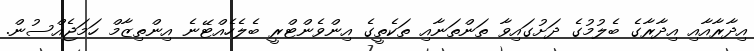
އިދާރާއާއި އިދާރާގެ ބެލުމުގެ ދަށުގައިވާ ތަންތަނާއި ތަކެތީގެ އިންވެންޓްރީ ބެލެހެއްޓޭނެ އިންތިޒާމް ހަމަޖެއްސުން.